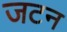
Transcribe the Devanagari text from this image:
जटन